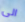
الى